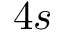
4 s